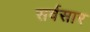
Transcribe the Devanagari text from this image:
सर्वसार